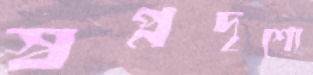
স্বপ্নদৃশ্যে